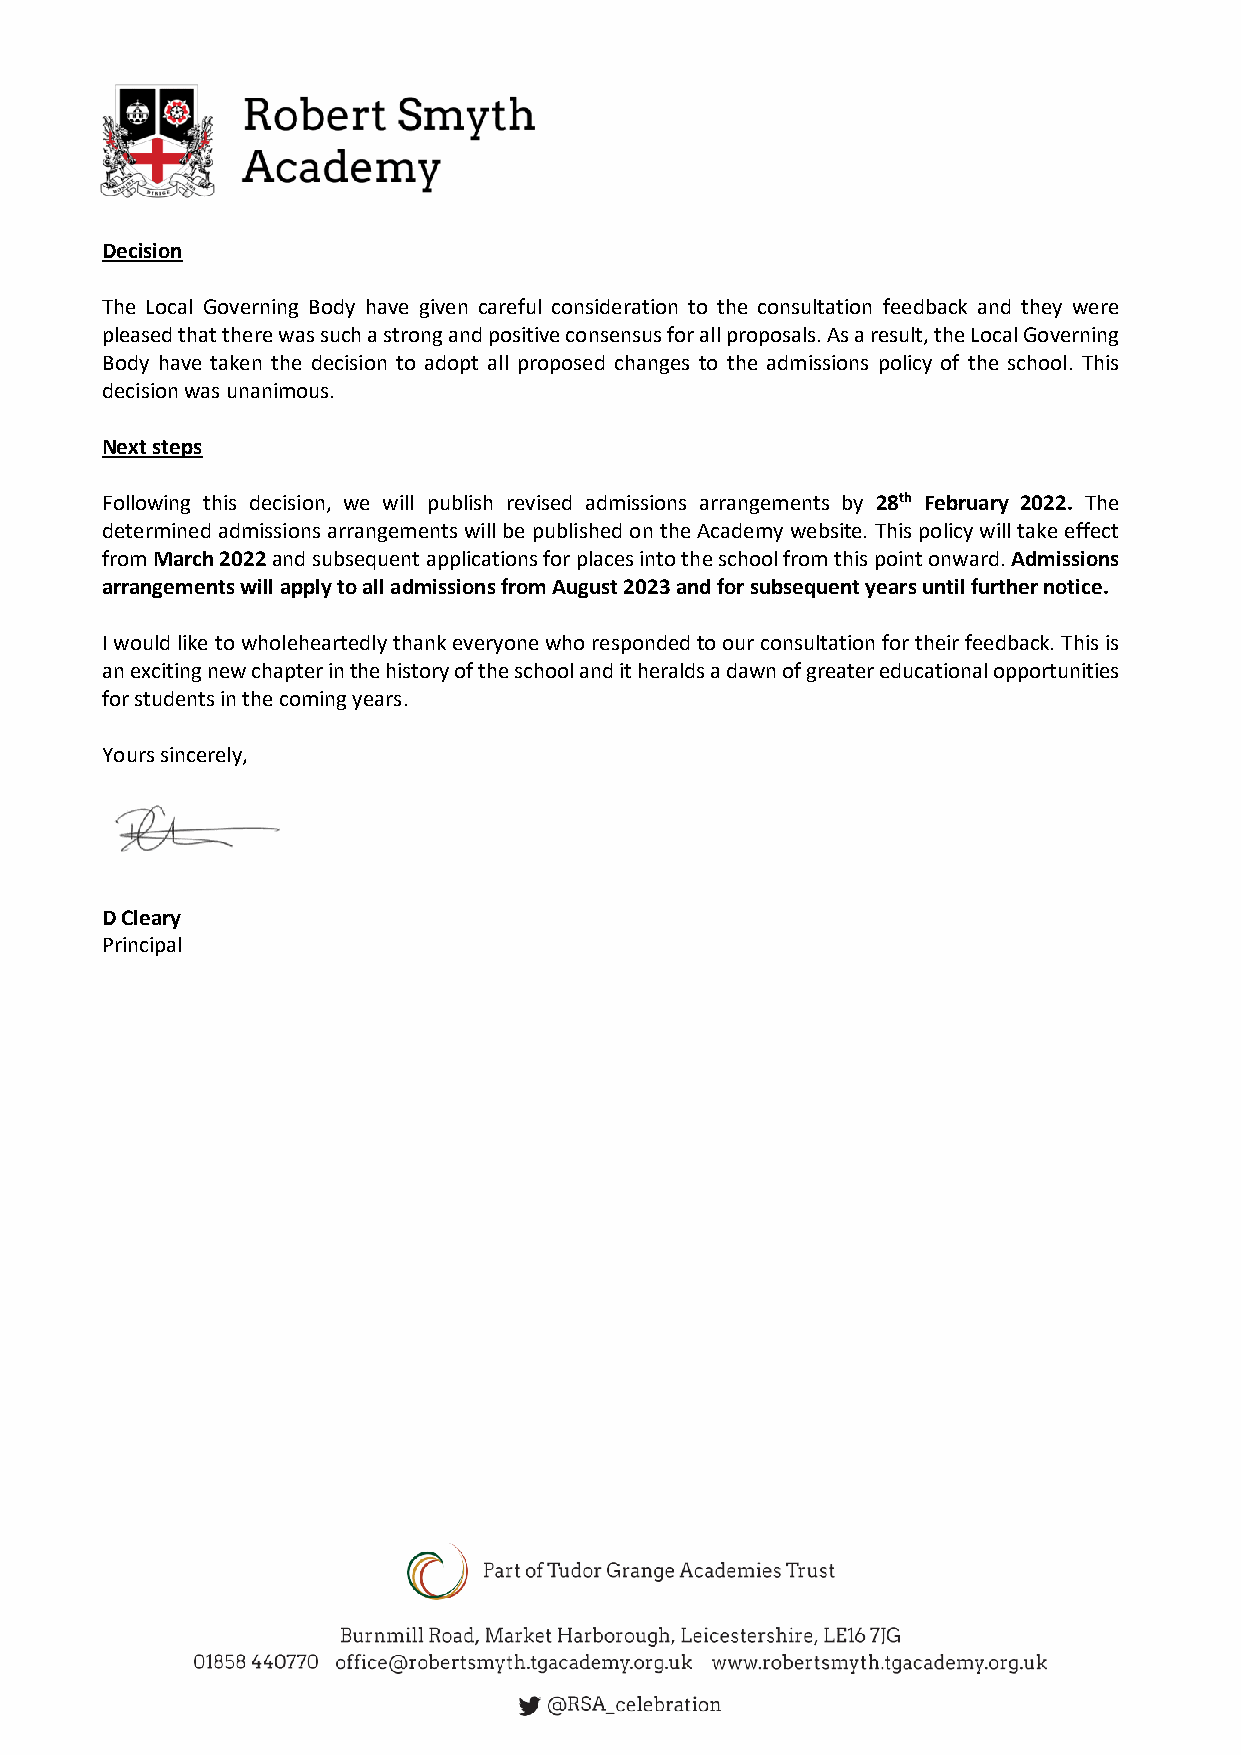
Decision
 The Local Governing Body have given careful consideration to the consultation feedback and they were
 pleased that there was such a strong and positive consensus for all proposals. As a result, the Local Governing
 Body have taken the decision to adopt all proposed changes to the admissions policy of the school. This
 decision was unanimous.
 Next steps
 Following this decision, we will publish revised admissions arrangements by 28th February 2022. The
 determined admissions arrangements will be published on the Academy website. This policy will take effect
 from March 2022 and subsequent applications for places into the school from this point onward. Admissions
 arrangements will apply to all admissions from August 2023 and for subsequent years until further notice.
 I would like to wholeheartedly thank everyone who responded to our consultation for their feedback. This is
 an exciting new chapter in the history of the school and it heralds a dawn of greater educational opportunities
 for students in the coming years.
 Yours sincerely,
 D Cleary
 Principal